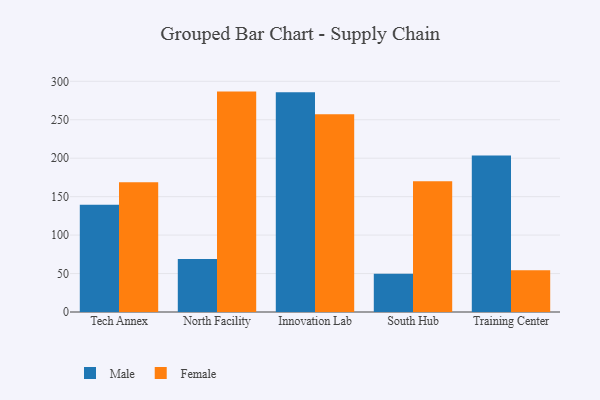
{"axis": {"x": "Campus", "y": "Conversion Rate (%)"}, "legend": ["Female", "Male"], "data": [{"x": "Tech Annex", "y": 139.4, "type": "Male"}, {"x": "Tech Annex", "y": 168.8, "type": "Female"}, {"x": "North Facility", "y": 68.9, "type": "Male"}, {"x": "North Facility", "y": 286.6, "type": "Female"}, {"x": "Innovation Lab", "y": 285.7, "type": "Male"}, {"x": "Innovation Lab", "y": 257.1, "type": "Female"}, {"x": "South Hub", "y": 49.9, "type": "Male"}, {"x": "South Hub", "y": 170.1, "type": "Female"}, {"x": "Training Center", "y": 203.4, "type": "Male"}, {"x": "Training Center", "y": 54.2, "type": "Female"}]}